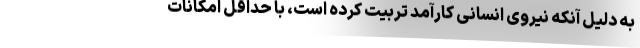
به دلیل آنکه نیروی انسانی کارآمد تربیت کرده است، با حداقل امکانات